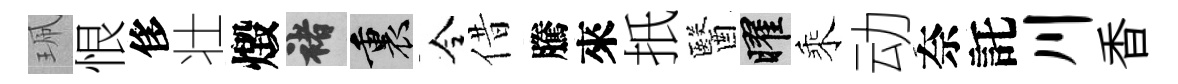
珮恨侈壮燬褚裏令借騰來扺醫曜乘动奈託川香